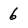
Character: 6